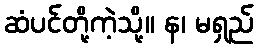
ဆံပင်တို့ကဲ့သို့။ န၊ မရှည်